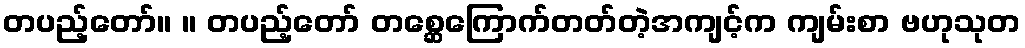
တပည့်တော်။ ။ တပည့်တော် တစ္ဆေကြောက်တတ်တဲ့အကျင့်က ကျမ်းစာ ဗဟုသုတ